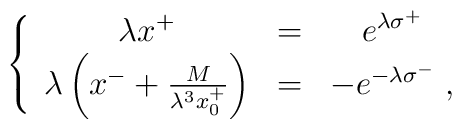
\left\{\begin{array}{ccc}\lambda x^+&=&e^{\lambda\sigma^+}\\\lambda\left(x^-+{M\over{\lambda^3x^+_0}}\right)&=&-e^{-\lambda\sigma^-}\;,\end{array}\right.